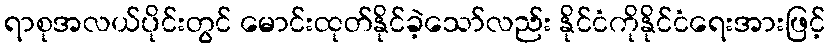
ရာစုအလယ်ပိုင်းတွင် မောင်းထုတ်နိုင်ခဲ့သော်လည်း နိုင်ငံကိုနိုင်ငံရေးအားဖြင့်